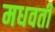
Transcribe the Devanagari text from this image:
मधवर्ती